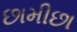
છામીછા